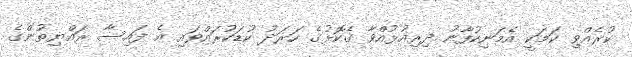
ކުރެއްވި ކަމަކީ އެމަނިކުފާނު ދިރިއުޅުއްވާ ގެކޮޅުގެ ހަރަދު ކުޑަކުރައްވައި އެ ފައިސާ ރައްޔިތުންގެ